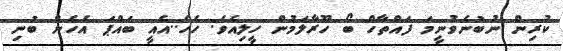
ކުރިން ނުބުނެވުނީމަ ފައްތާހް ބޯ ހޫރާލަމުން ހީލިއެވެ. ހެހެ..އެއީ ބައްޕަ އެހެން ބުނި